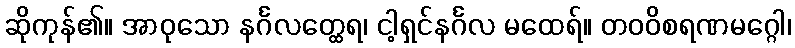
ဆိုကုန်၏။ အာဝုသော နင်္ဂလတ္ထေရ၊ ငါ့ရှင်နင်္ဂလ မထေရ်။ တဝဝိစရဏမဂ္ဂေါ၊